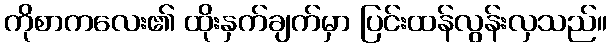
ကိုစာကလေး၏ ထိုးနှက်ချက်မှာ ပြင်းထန်လွန်းလှသည်။